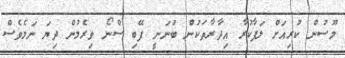
މޫސުން ކުރިއަށް ލަފާކުރާ އިދާރާތަކުން ބުނަނީ ފޭބި ސްނޯ ވިރެމުން ދިޔަ ނަމެވެސް